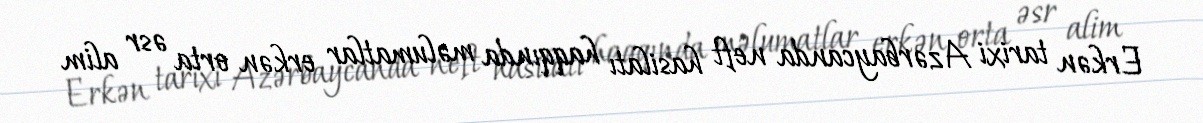
Erkən tarixi Azərbaycanda neft hasilatı haqqında məlumatlar erkən orta əsr alim